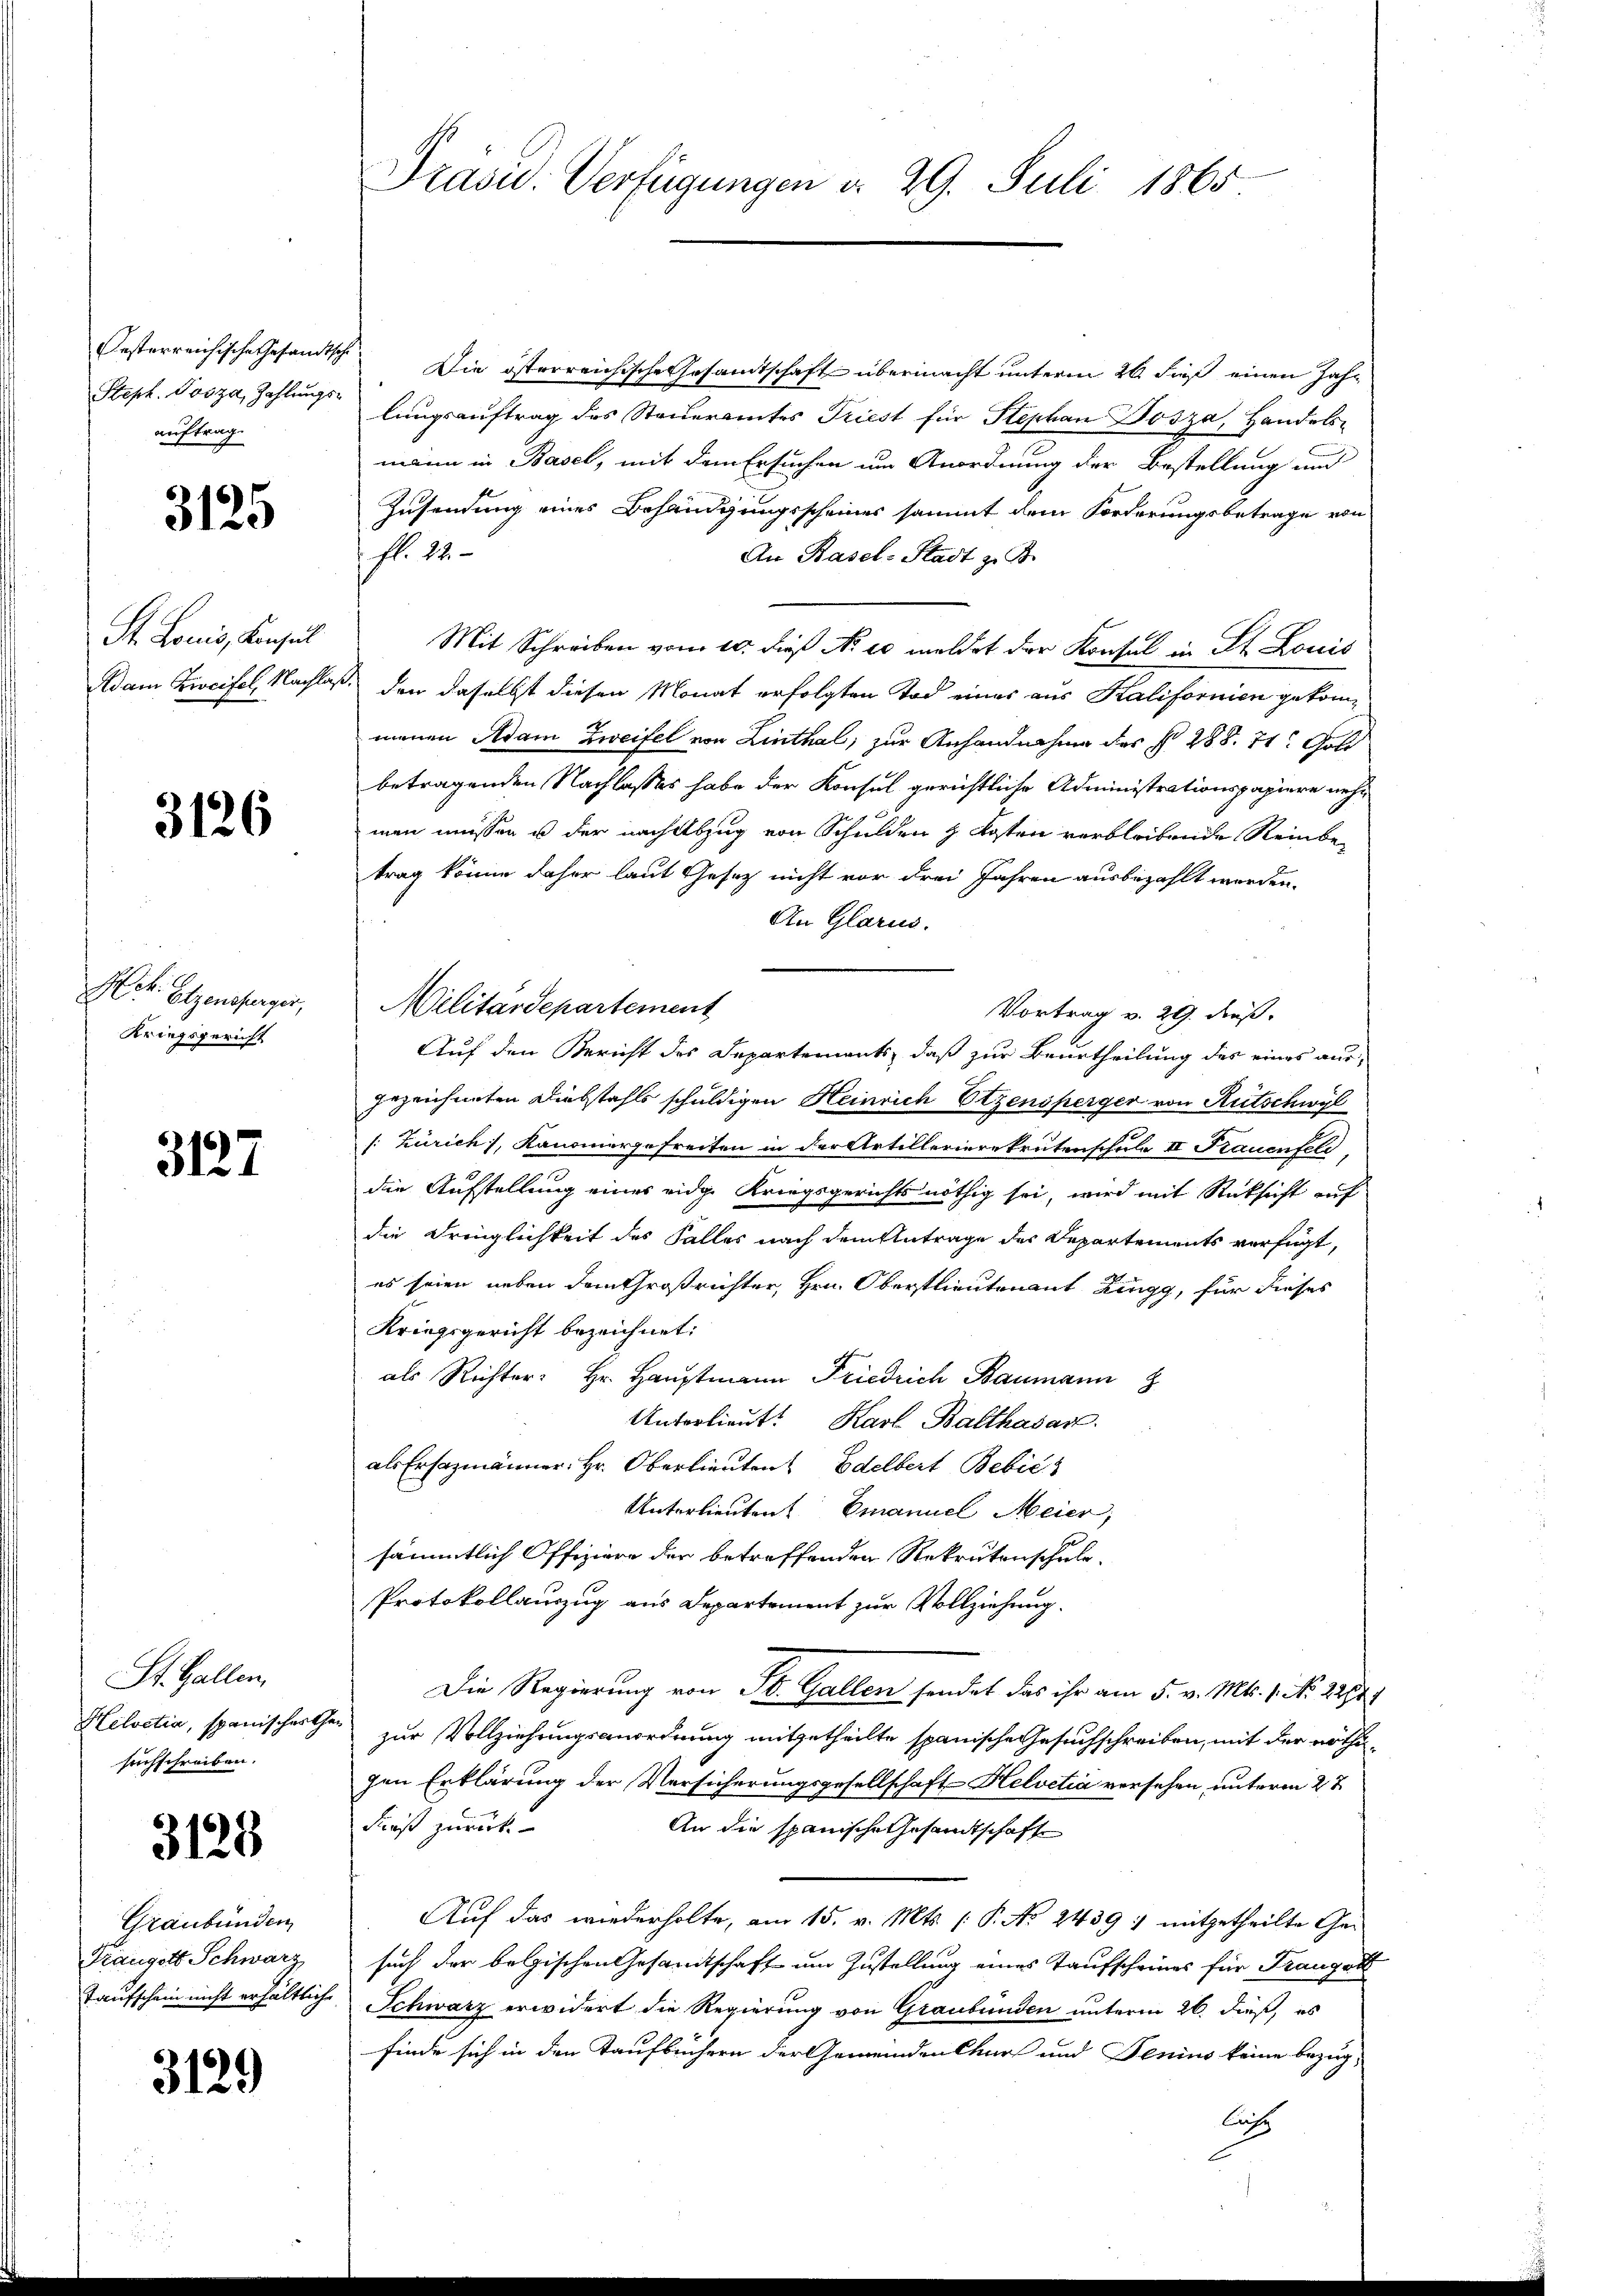
Steph. Posza, Zahlungsauftrag.

3125

St. Louis, Konsul
Adam Zweifel, Nachla¬

3126

Hch. Gegensberger,
Kriegsgericht

3127

St. Gallen,
Helvetia, spanischert
suchschreiben.

3128

Graubünden
Trängott Schwarz
Taufschein nicht erhältliche

3129

Präsid. Verfügungen d. 29. Juli 1865

Festerreichische Gesandtsche Die österreichische Gesamtschaft übermacht unterm 26. dieß einen Jahlungsauftrag des Steueramtes Triest für Stephan Dosza, Handels-
mann in Basel, mit dem Ersuchen um Anordnung der Bestellung und
Zusendung eines Behandgungsscheines sammt dem Forderungsbetrage von
fl. 22.
An Basel-Stadt z. B.
Mit Schreiben vom 10. dieß No 10 meldet der Konsul in St. Louis
. den daselbst diesen Monat erfolgten Tod eines aus Kalifornien gekommenen Adam Zweifel von Linthal, zur Anhandnahme des § 288. 71. Gold
betragenden Nachlasses habe der Konsul gerichtliche Administrationspapiere nehmen müssen u der nach Abzug von Schulden & Kosten verbleibende Reinbetrag könne daher laut Gesetz nicht vor drei Jahren ausbezahlt werden.
An Glarus.
Militärdepartement
Vortrag v. 29. Fuß.
Auf den Bericht des Departements, daß zur Beurtheilung des eines ausgezeichneten Diebstahls schuldigen Heinrich Otzensperger von Rutschwyl
/: Zürich, Kanonergefreiten in der Artillerierekrutenschule II Frauenfell,
die Aufstellung eines eidge Kriegsgerichts nöthig sei, wird mit Rücksicht auf
die Dringlichkeit des Falles nach dem Antrage des Departements verfügt,
es seien neben dem Großrichter, Hrn. Oberstlieutenant Zingg, für dieses
Kriegsgericht bezeichnet:
als Richter: Hr. Hauptmann Friedrich Baumann
E
Unterlieut. Karl Balthasar
als Ersazmänner. Hr. Oberlieuten Edelbert Bebić
Unterlieuten Emanuel Meier,
sämmtlich Offiziere der betreffenden Rekrutenschule.
Protokollauszug aus Departement zur Vollziehung.
Die Regierung von St. Gallen sendet das ihr am 5. v. Mts. 1. No. 2212.
zur Vollziehungsanordnung mitgetheilte spanische Gesuchschreiben, mit der nöthigen Erklärung der Versicherungsgesellschaft Helvetia versehen, unterm 27.
Faust zurück
An die spanische Gesandtschaft
Auf das wiederholte, am 15. v. Mts. [P. No 2439 : mitgetheilte Ge-
such der belgischen Gesamtschaft um Zustellung eines Taufscheines für Franget
Schwarz erwidert die Regierung von Graubünden unterm 26. dieß, es
finde sich in den Taufbüchern der Gemeinden Chart und Penius keine bezug
lusz